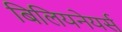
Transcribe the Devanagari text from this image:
बिलियनेयर्स